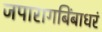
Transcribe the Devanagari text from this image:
जपारागबिंबाधरं